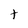
Character: t